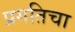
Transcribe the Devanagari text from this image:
प्रगतिचा